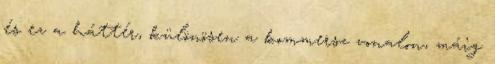
és ez a háttér, különösen a kommersz vonalon, máig